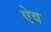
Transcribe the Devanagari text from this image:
ऐव